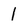
Character: 1